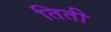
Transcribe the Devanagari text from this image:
तिती